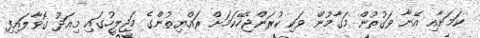
ކަމަށާއި އޭނާ ވަގުތުން މަގާމުން ވަކި ކުރަންޖެހޭކަމަށް ރައްޔިތުންގެ މަޖިލީހުގައި މިއަދު ގޮވާލައިފި